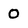
Character: 0